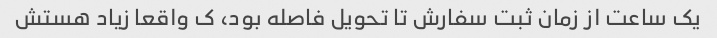
یک ساعت از زمان ثبت سفارش تا تحویل فاصله بود، ک واقعا زیاد هستش